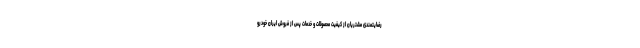
رضایتمندی مشتریان از کیفیت محصولات و خدمات پس از فروش ایران خودرو